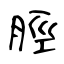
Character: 脛